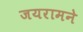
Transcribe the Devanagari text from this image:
जयरामने